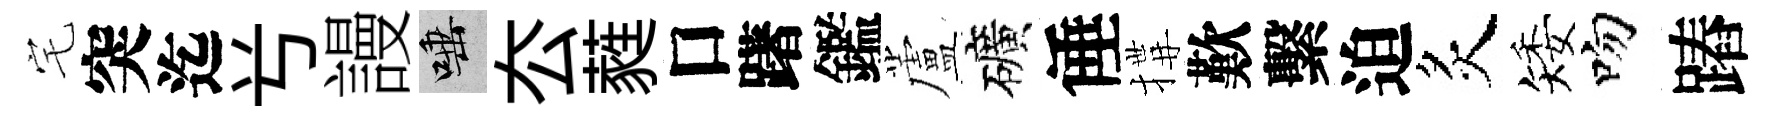
宅突迄𠔃謾唾厺蕤口躇鑑蘆礦倕搆歎繫迫炙矮吻蹖